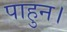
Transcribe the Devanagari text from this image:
पाहुन।